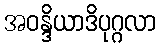
အဝန္ဒိယာဒိပုဂ္ဂလာ